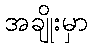
အချိုးမှာ